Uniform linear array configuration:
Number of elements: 32
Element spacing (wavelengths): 0.25
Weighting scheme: hann
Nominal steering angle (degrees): -15
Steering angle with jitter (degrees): -15.205
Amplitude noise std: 0.05
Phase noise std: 0.05

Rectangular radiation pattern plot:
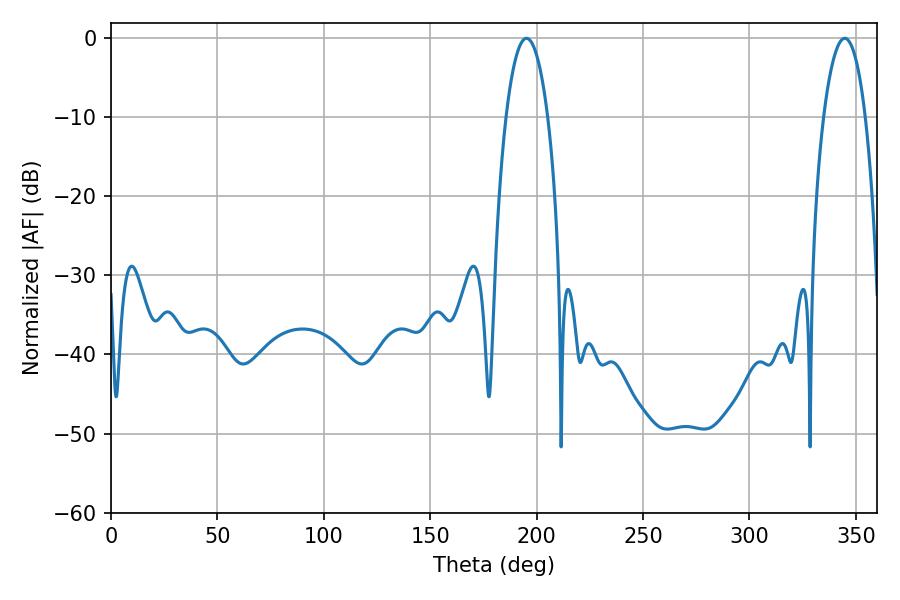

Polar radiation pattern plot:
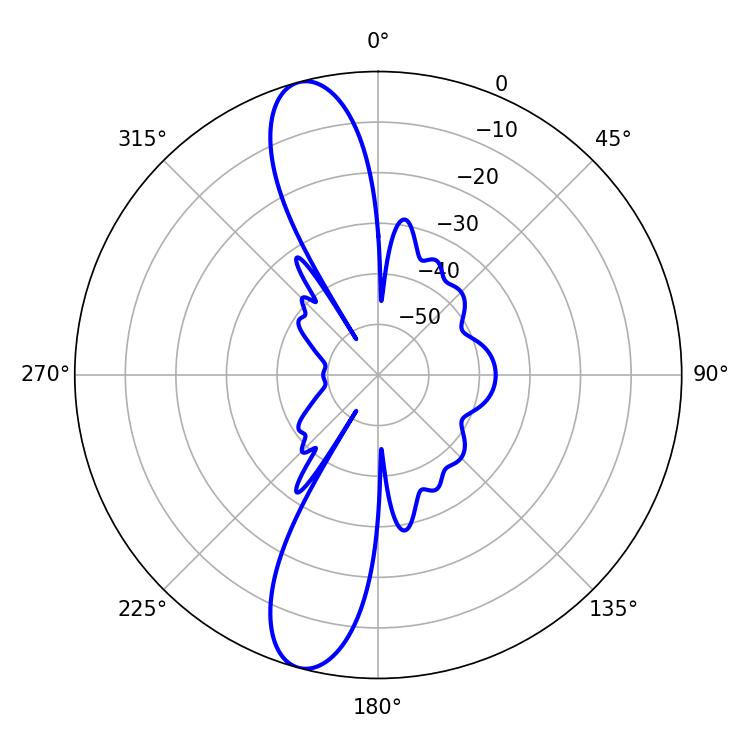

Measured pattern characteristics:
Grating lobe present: FALSE
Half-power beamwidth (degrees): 10.98
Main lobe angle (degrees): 344.7